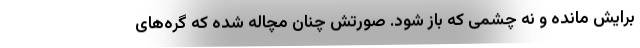
برایش مانده و نه چشمی که باز شود. صورتش چنان مچاله شده که گره‌های